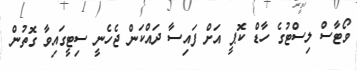
ވޯޓާސް ލިސްޓުގެ ހާޑް ކޮޕީ އަށް ފައިސާ ދައްކަން ޖެހެނީ ސިޓީގައިވާ ގޮތުން